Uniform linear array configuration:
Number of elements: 64
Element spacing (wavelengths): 0.75
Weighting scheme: blackman
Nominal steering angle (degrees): -15
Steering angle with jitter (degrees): -13.132
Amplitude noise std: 0.05
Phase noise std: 0.05

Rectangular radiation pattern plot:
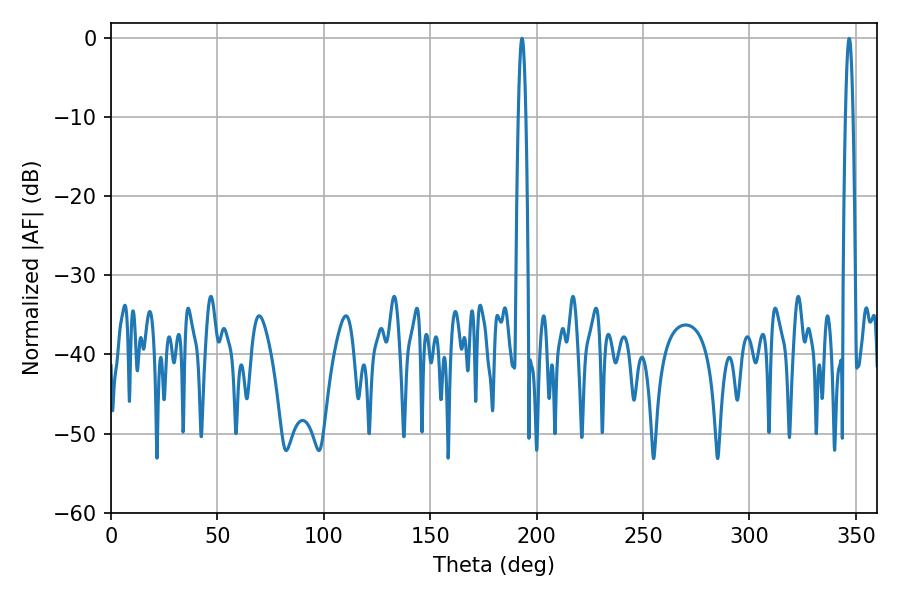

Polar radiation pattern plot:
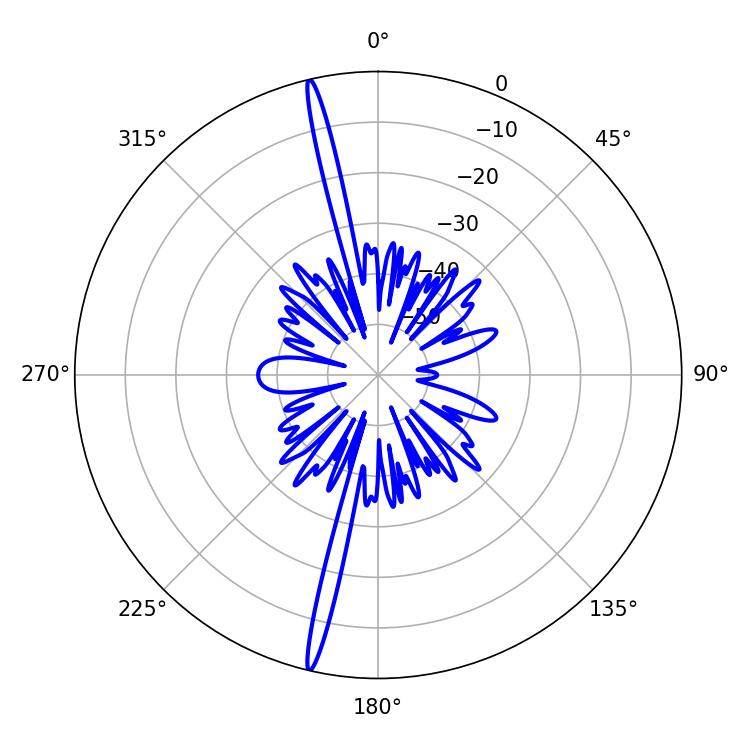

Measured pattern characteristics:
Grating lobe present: TRUE
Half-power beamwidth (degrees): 1.8
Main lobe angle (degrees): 193.14